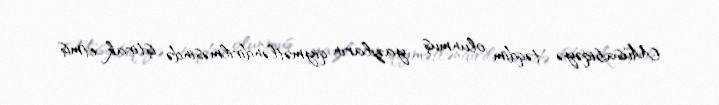
Müsabiqəyə təqdim olunmuş yazıların qiymətləndirilməsində iştirak etmiş